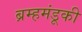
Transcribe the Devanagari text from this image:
ब्रम्हमंडूकी